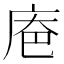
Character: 𪪔